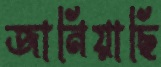
জানিয়াছি